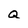
Character: Q